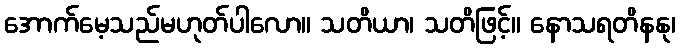
အောက်မေ့သည်မဟုတ်ပါလော။ သတိယာ၊ သတိဖြင့်။ နောသရတိနနု၊